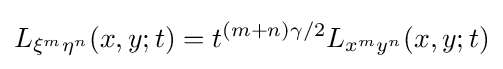
L_{\xi ^{m}\eta ^{n}}(x,y;t)=t^{(m+n)\gamma /2}L_{x^{m}y^{n}}(x,y;t)